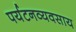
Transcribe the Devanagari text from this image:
पर्यटनव्यवसाय